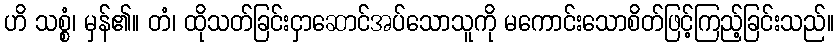
ဟိ သစ္စံ၊ မှန်၏။ တံ၊ ထိုသတ်ခြင်းငှာဆောင်အပ်သောသူကို မကောင်းသောစိတ်ဖြင့်ကြည့်ခြင်းသည်။